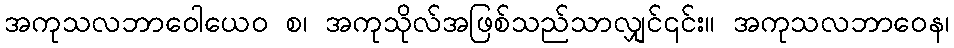
အကုသလဘာဝေါယေဝ စ၊ အကုသိုလ်အဖြစ်သည်သာလျှင်၎င်း။ အကုသလဘာဝေန၊